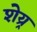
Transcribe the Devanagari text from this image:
शेय्र्र